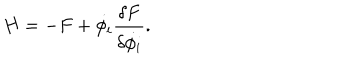
LaTeX: H = - F + \dot { \phi _ { i } } { \frac { \delta F } { \delta \dot { \phi _ { i } } } } .